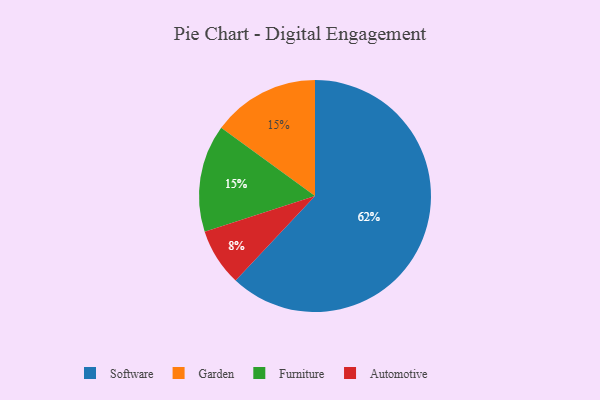
{"axis": {"x": "Category", "y": "Percentage"}, "legend": ["Automotive", "Furniture", "Garden", "Software"], "data": [{"x": "Automotive", "y": 8, "type": "Automotive"}, {"x": "Garden", "y": 15, "type": "Garden"}, {"x": "Software", "y": 62, "type": "Software"}, {"x": "Furniture", "y": 15, "type": "Furniture"}]}